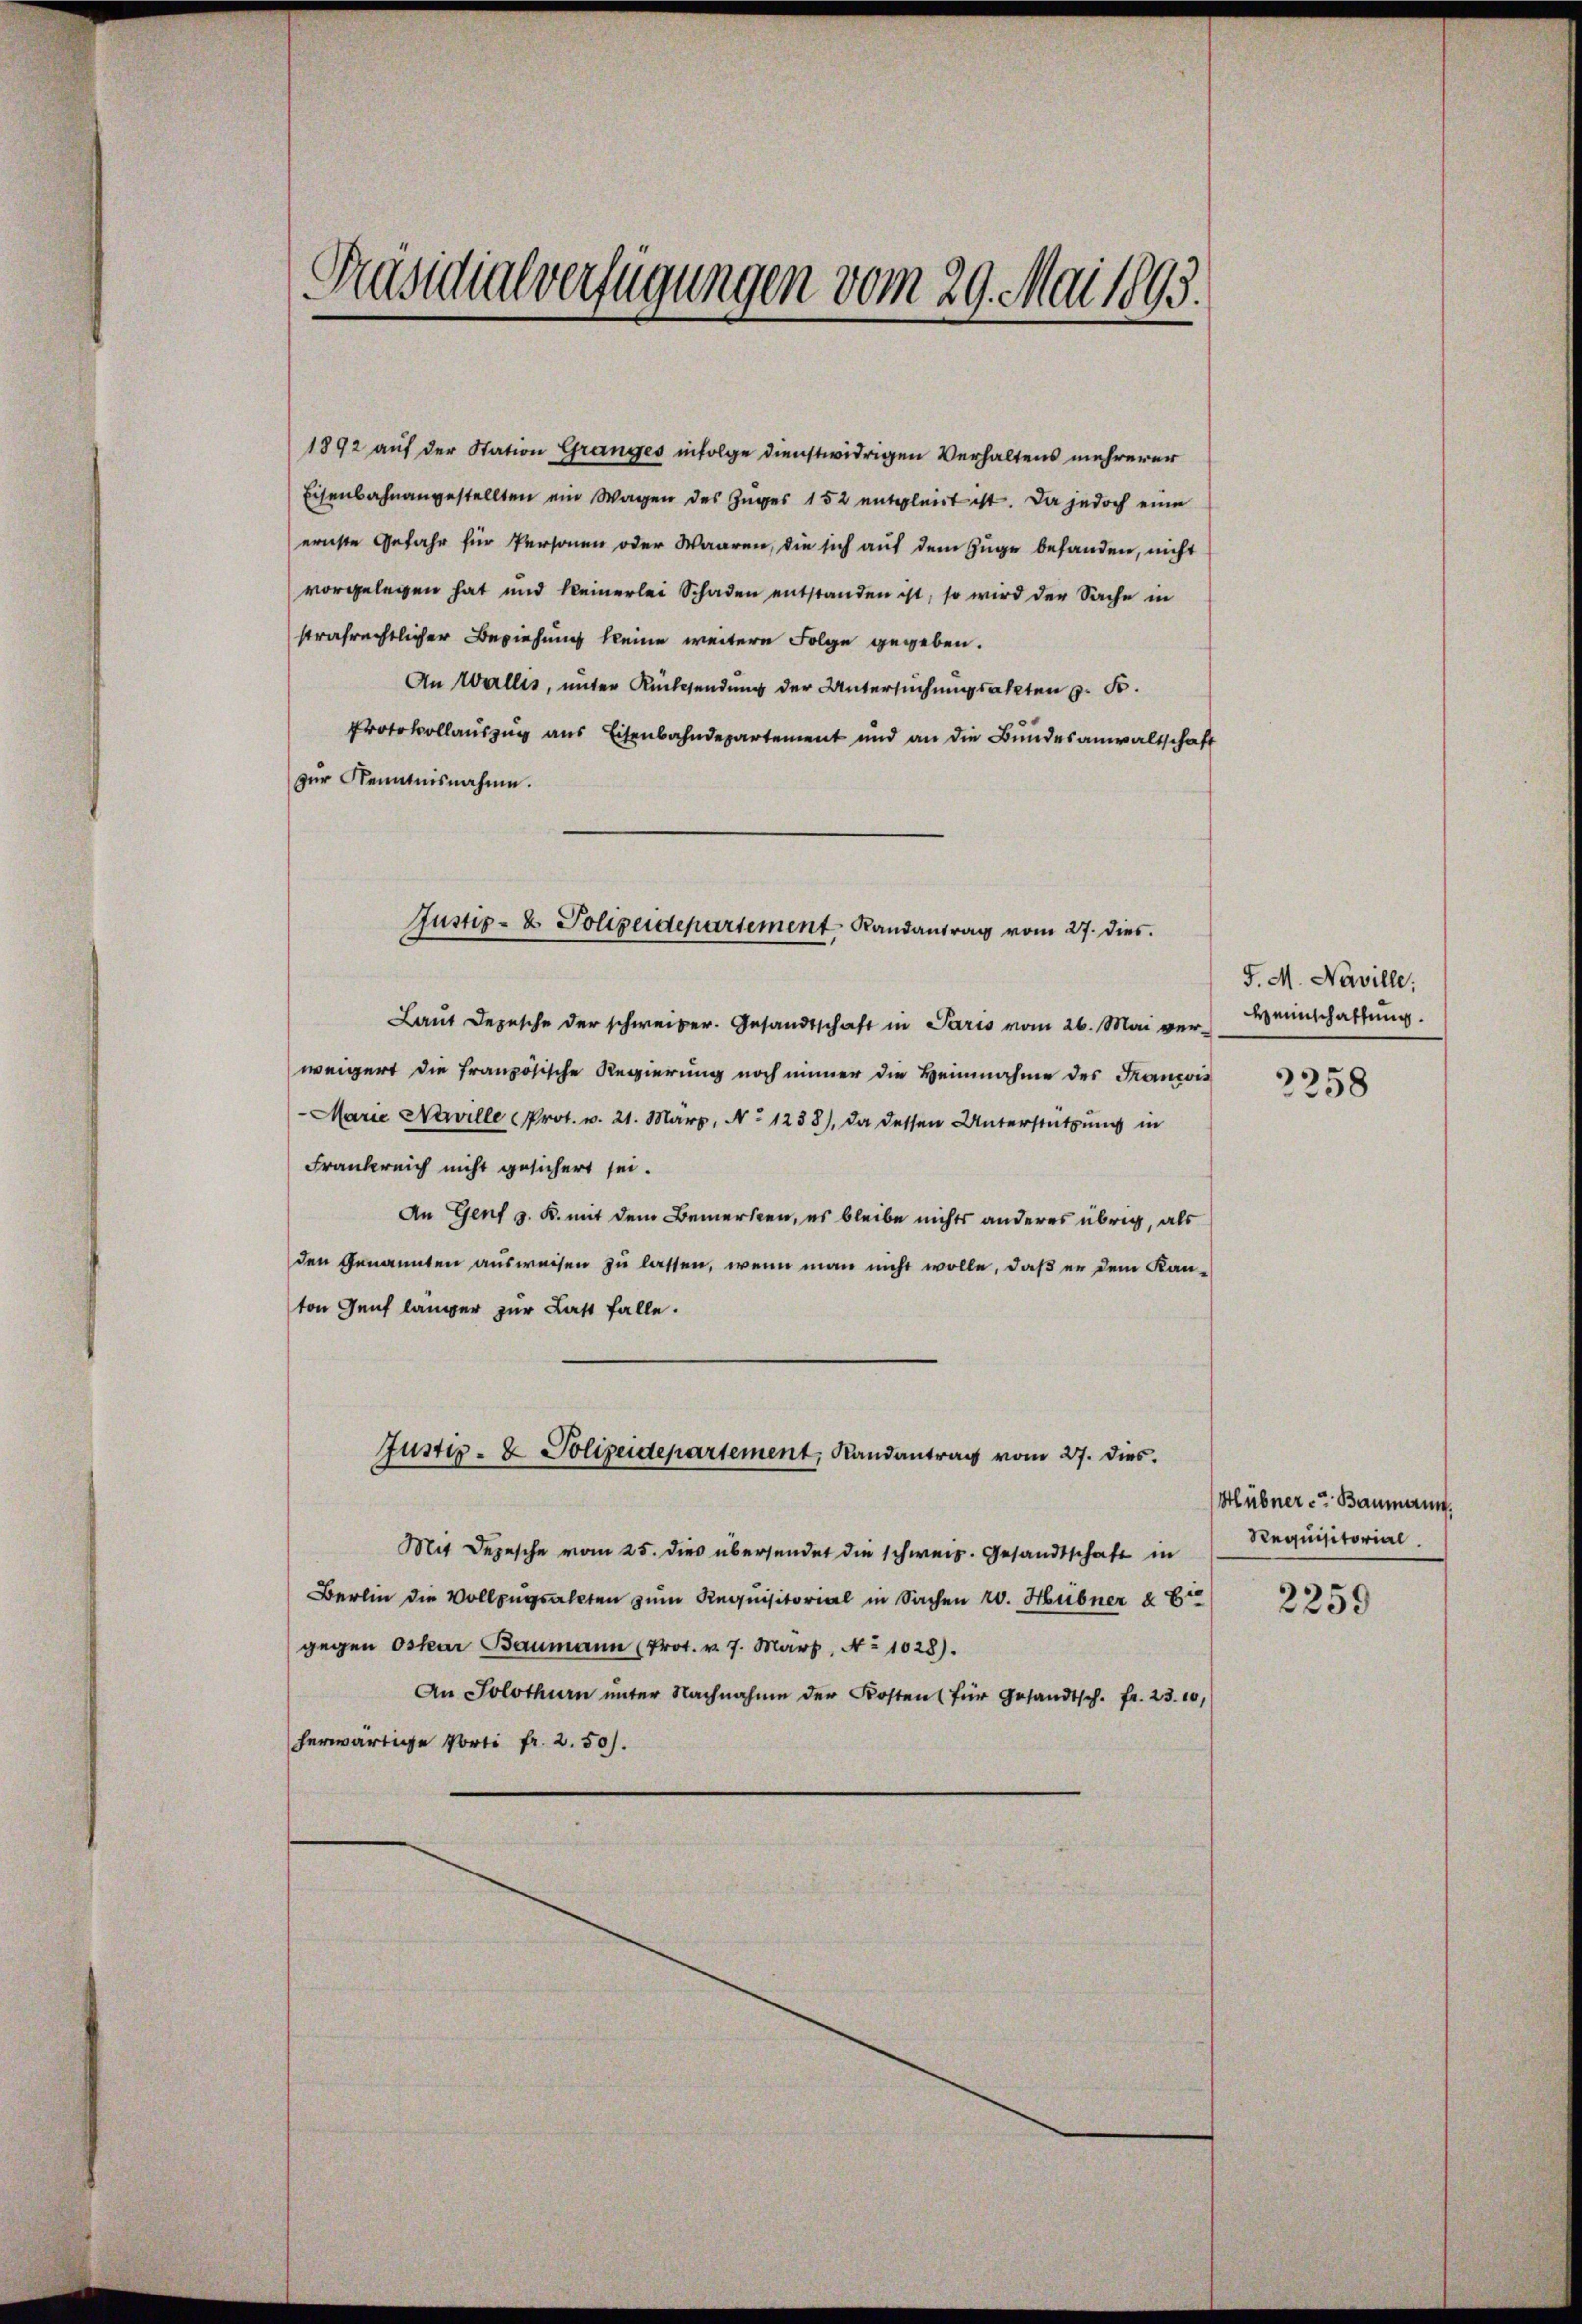
Präsidialverfügungen vom 29. Mai 1893.

1892 auf der Station Granges infolge dienstwidrigen Verhaltens mehrerer
Eisenbahnangestellten ein Wagen des Zuges 152 entgleit ist. Da jedoch eine
ernste Gefahr für Personen oder Waaren, die sich auf dem Zuge befanden, nicht
vorgelegen hat und keinerlei Schaden entstanden ist, so wird der Sache in
strafrechtlicher Beziehung keine weitere Folge gegeben.
An Wallis, unter Rücksendung der Untersuchungsakten z. B.
Protokollauszug aus Eisenbahndepartement und an die Bundesanwaltschaft
zur Kenntnisnahme.
Laut Depesche der schweiber. Gesandtschaft in Paris vom 26. Mai ver-
weigert die französische Regierung noch immer die Heinnahme des Francois
- Marie Niwille Prot. w. 21. März, No 1238), da dessen Unterstützung in
Frankreich nicht gesichert sei.
An Genf z. K. mit dem Bemerken, es bleibe nichts anderes übrig, als
den Genannten ausweisen zu lassen, wenn man nicht wolle, daß er dem Kanton Genf länger zur Last falle.
Justiz- & Polizeidepartement, Randantrag vom 27. dies
Mit Depesche vom 25. dies übersendet die schweiz. Gesandtschaft in
Berlin die Vollzugsakten zum Requisitorial in Sachen 20. Hübner & Er
gegen Oskar Baumann (Prot. v. 7. März, No 1028).
An Solothurn ŭnter Nachnahme der Kosten (für Gesandtsch. fr. 23. 10
herwärtige Porti fr. 2.50).

Justiz- & Polizeidepartement Randantrag vom 27. dies

J. M. Naville;
Weinschaffung.

2258

Hübner Baumerin.
Requisitorial.

2259